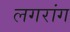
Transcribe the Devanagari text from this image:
लगरांग